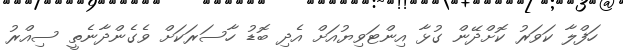
ހަފްލާ ކަވަރު ކޮށްދޭން ގުޅާ އިންޓަވިޔުއަށް އެދި ބޮޑު ހާސަރަކަށް ވެގެންދާނެތީ ސިއްރު